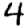
Digit: 4